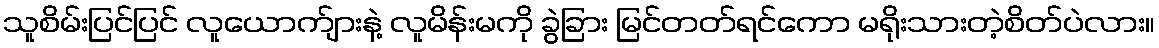
သူစိမ်းပြင်ပြင် လူယောက်ျားနဲ့ လူမိန်းမကို ခွဲခြား မြင်တတ်ရင်ကော မရိုးသားတဲ့စိတ်ပဲလား။